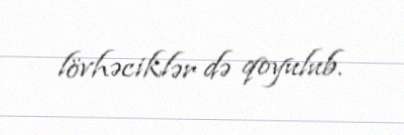
lövhəciklər də qoyulub.